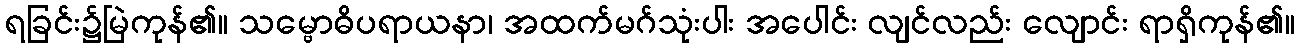
ရခြင်း၌မြဲကုန်၏။ သမ္ဗောဓိပရာယနာ၊ အထက်မဂ်သုံးပါး အပေါင်း လျင်လည်း လျောင်း ရာရှိကုန်၏။